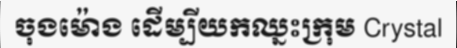
ចុងម៉ោង ដើម្បីយកឈ្នះក្រុម Crystal